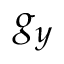
g _ { y }